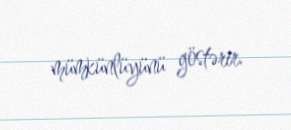
mümkünlüyünü göstərir.